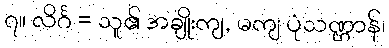
၇။ လိင်္ဂ = သူ၏ အချိုးကျ, မကျ ပုံသဏ္ဌာန်၊